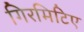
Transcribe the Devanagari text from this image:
गिरमिटिए